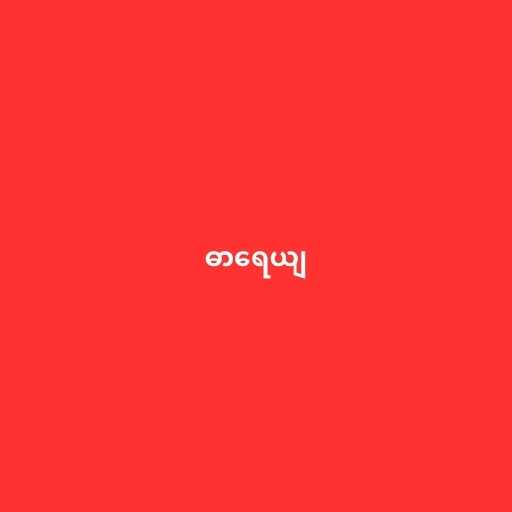
ဓာရေယျ